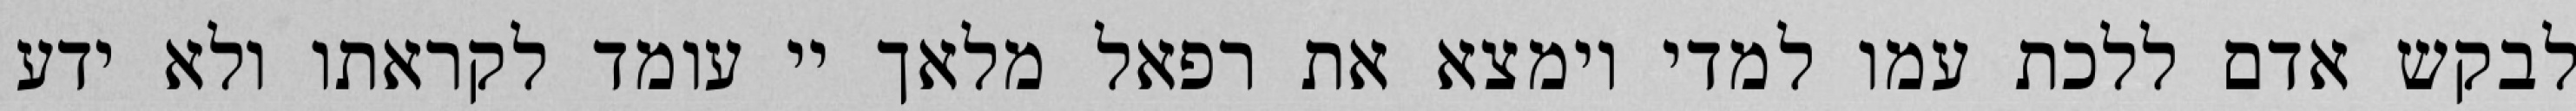
לבקש אדם ללכת עמו למדי וימצא את רפאל מלאך יי עומד לקראתו ולא ידע